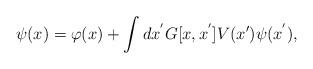
LaTeX: \begin{align*}\psi (x) = \varphi (x) + \int dx^{'} G[x,x^{'}] V(x')\psi (x^{'}) , \end{align*}